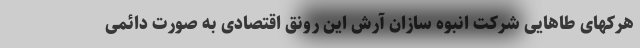
هرکهای طاهایی شرکت انبوه سازان آرش این رونق اقتصادی به صورت دائمی